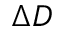
\Delta D